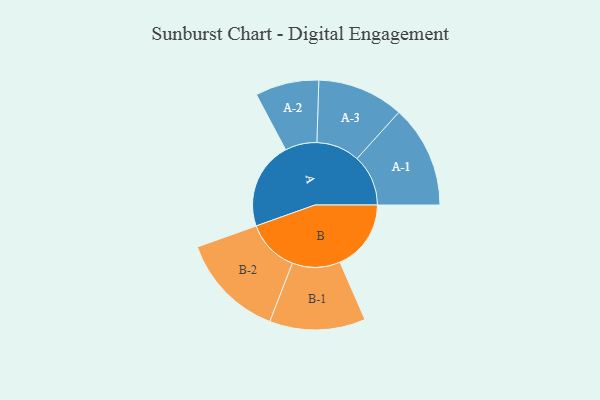
{"axis": {"x": "Segment", "y": "Value"}, "legend": ["", "A", "B"], "data": [{"x": "A", "y": 445, "type": ""}, {"x": "B", "y": 362, "type": ""}, {"x": "A-1", "y": 261, "type": "A"}, {"x": "A-2", "y": 162, "type": "A"}, {"x": "A-3", "y": 220, "type": "A"}, {"x": "B-1", "y": 244, "type": "B"}, {"x": "B-2", "y": 268, "type": "B"}]}